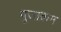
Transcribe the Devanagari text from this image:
पूजाक्रम